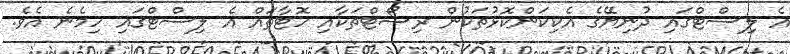
އެ ލިސްޓްގައި ދުނިޔޭގެ އެކިކަންކޮޅުތަކުން ރިސޯޓްތަކާއި ހޮޓާތައް އެ ލިސްޓްގައި ހިމެނެ އެވެ.